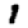
Digit: 1